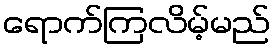
ရောက်ကြလိမ့်မည်